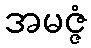
အမဇ္ဇံ